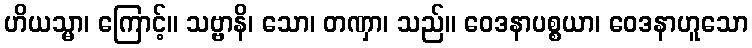
ဟိယသ္မာ၊ ကြောင့်။ သဗ္ဗာနိ၊ သော၊ တဏှာ၊ သည်။ ဝေဒနာပစ္စယာ၊ ဝေဒနာဟူသော